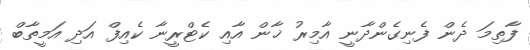
ފާތިމަ ދެން ފެނިގެންދާނީ އާމިރު ޚާން އާއި ކެޓްރީނާ ކެއިފް އަދި އަމީތާބް